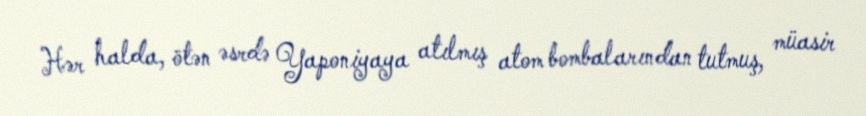
Hər halda, ötən əsrdə Yaponiyaya atılmış atom bombalarından tutmuş, müasir